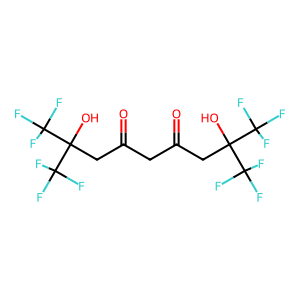
SMILES: O=C(CC(=O)CC(O)(C(F)(F)F)C(F)(F)F)CC(O)(C(F)(F)F)C(F)(F)F
Inhibits HIV replication: No